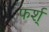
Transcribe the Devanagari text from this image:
फर्श्